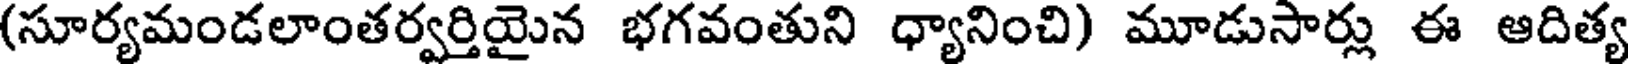
(సూర్యమండలాంతర్వర్తియైన భగవంతుని ధ్యానించి) మూడుసార్లు ఈ ఆదిత్య